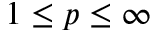
1 \leq p \leq \infty